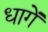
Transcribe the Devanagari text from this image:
धागें